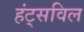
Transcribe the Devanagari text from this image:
हंट्सविल